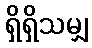
ရှိရှိသမျှ